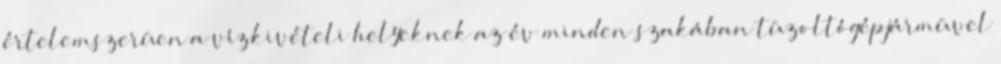
értelemszerûen a vízkivételi helyeknek az év minden szakában tûzoltógépjármûvel